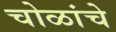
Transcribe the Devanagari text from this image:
चोळांचे